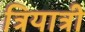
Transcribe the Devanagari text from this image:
त्रियात्री